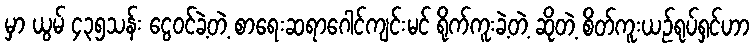
မှာ ယွမ် ၄၃၅သန်း ငွေဝင်ခဲ့တဲ့ စာရေးဆရာဂေါင်ကျင်းမင် ရိုက်ကူးခဲ့တဲ့ ဆိုတဲ့ စိတ်ကူးယဉ်ရုပ်ရှင်ဟာ